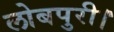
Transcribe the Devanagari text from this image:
लोबपुरी।